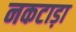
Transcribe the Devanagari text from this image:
नकटाड़ा